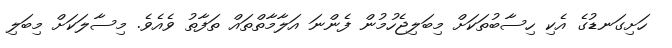
ހަށިގަނޑުގެ އެކި ހިސާބުތަކަށް މިބަލިޖެހުމުން ފެންނަ އަލާމާތްތައް ތަފާތު ވެއެވެ. މިސާލަކަށް މިބަލި